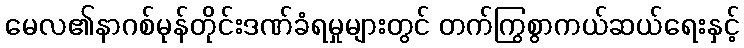
မေလ၏နာဂစ်မုန်တိုင်းဒဏ်ခံရမှုများတွင် တက်ကြွစွာကယ်ဆယ်ရေးနှင့်